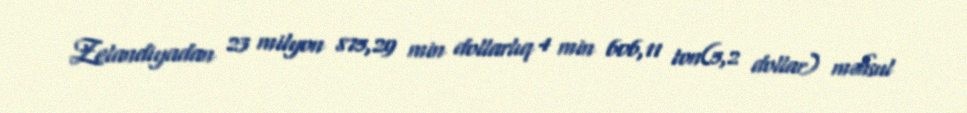
Zelandiyadan 23 milyon 875,29 min dollarlıq 4 min 606,11 ton(5,2 dollar) məhsul